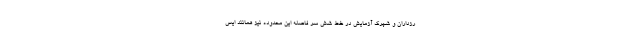
رزداران و شهرک آزمایش در خط شش سر فاصله این محدوده نیز همانند ایس